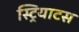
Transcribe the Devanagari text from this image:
स्ट्रियाटस